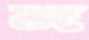
জ